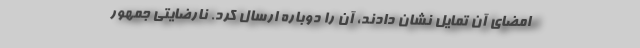
امضای آن تمایل نشان دادند، آن را دوباره ارسال کرد. نارضایتی جمهور